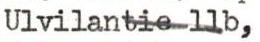
Ulvilantie 11b,